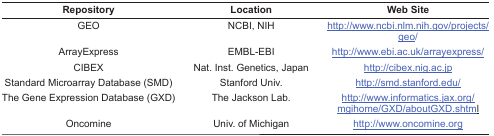
<table><thead><tr><td><b>Repository</b></td><td><b>Location</b></td><td><b>Web Site</b></td></tr></thead><tbody><tr><td>GEO</td><td>NCBI, NIH</td><td>http://www.ncbi.nlm.nih.gov/projects/geo/</td></tr><tr><td>ArrayExpress</td><td>EMBL-EBI</td><td>http://www.ebi.ac.uk/arrayexpress/</td></tr><tr><td>CIBEX</td><td>Nat. Inst. Genetics, Japan</td><td>http://cibex.nig.ac.jp</td></tr><tr><td>Standard Microarray Database (SMD)</td><td>Stanford Univ.</td><td>http://smd.stanford.edu/</td></tr><tr><td>The Gene Expression Database (GXD)</td><td>The Jackson Lab.</td><td>http://www.informatics.jax.org/mgihome/GXD/aboutGXD.shtml</td></tr><tr><td>Oncomine</td><td>Univ. of Michigan</td><td>http://www.oncomine.org</td></tr></tbody></table>